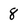
Character: 8